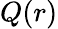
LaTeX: Q(r)